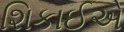
શિકાઈએ